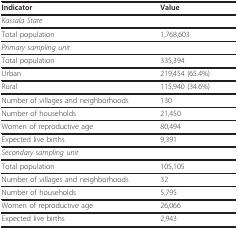
<table><thead><tr><td><b>Indicator</b></td><td><b>Value</b></td></tr></thead><tbody><tr><td><i>Kassala State</i></td><td></td></tr><tr><td>Total population</td><td>1,768,603</td></tr><tr><td><i>Primary sampling unit</i></td><td></td></tr><tr><td>Total population</td><td>335,394</td></tr><tr><td>Urban</td><td>219,454 (65.4%)</td></tr><tr><td>Rural</td><td>115,940 (34.6%)</td></tr><tr><td>Number of villages and neighborhoods</td><td>130</td></tr><tr><td>Number of households</td><td>21,450</td></tr><tr><td>Women of reproductive age</td><td>80,494</td></tr><tr><td>Expected live births</td><td>9,391</td></tr><tr><td><i>Secondary sampling unit</i></td><td></td></tr><tr><td>Total population</td><td>105,105</td></tr><tr><td>Number of villages and neighborhoods</td><td>32</td></tr><tr><td>Number of households</td><td>5,795</td></tr><tr><td>Women of reproductive age</td><td>26,066</td></tr><tr><td>Expected live births</td><td>2,943</td></tr></tbody></table>